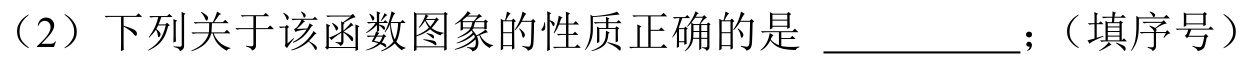
（2）下列关于该函数图象的性质正确的是 \_\_\_\_\_\_；（填序号）